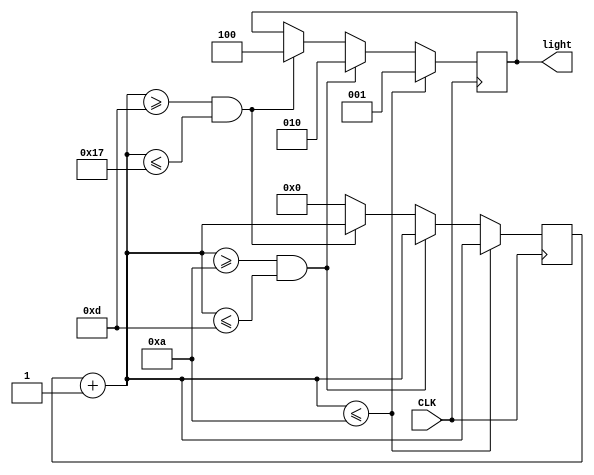
module  prog_cout (input CLK ,output reg  [2:0] light);
reg [4:0] num = 5'b0;
   initial 
   light = 3'd0;


  always @ (posedge CLK) begin
    num = num + 1;
    if (num <= 10)begin 
        light = 3'b001;
    end 
    else if (num >= 10 && num <= 13)begin
        light = 3'b010;
    end 
    else if (num >= 13 && num <= 23)begin
        light = 3'b100;
    end
    else 
    num = 0;
end
endmodule



module tb();

    reg  clk;
    wire [2:0] count ;



    prog_cout s1(clk, count);


    initial begin
    
     
    //count= 5'd0;
        $display(" clk  |  enable   |  out num ");
        $monitor("%b  %b    ",clk ,count);
        
        #1 clk = 1'b0; 
        #1 clk = 1'b1; 
        #1 clk = 1'b0; 
        #1 clk = 1'b1; 
        #1 clk = 1'b0; 
        #1 clk = 1'b1; 
        #1 clk = 1'b0; 
        #1 clk = 1'b1; 
        #1 clk = 1'b0; 
        #1 clk = 1'b1; 
        #1 clk = 1'b0; 
        #1 clk = 1'b1;    
        #1 clk = 1'b0; 
        #1 clk = 1'b1; 
        #1 clk = 1'b0; 
        #1 clk = 1'b1;  
          #1 clk = 1'b0; 
        #1 clk = 1'b1; 
        #1 clk = 1'b0; 
        #1 clk = 1'b1; 
        #1 clk = 1'b0; 
        #1 clk = 1'b1; 
        #1 clk = 1'b0; 
        #1 clk = 1'b1; 
        #1 clk = 1'b0; 
        #1 clk = 1'b1; 
        #1 clk = 1'b0; 
        #1 clk = 1'b1;    
        #1 clk = 1'b0; 
        #1 clk = 1'b1; 
        #1 clk = 1'b0; 
        #1 clk = 1'b1;  
          #1 clk = 1'b0; 
        #1 clk = 1'b1; 
        #1 clk = 1'b0; 
        #1 clk = 1'b1; 
        #1 clk = 1'b0; 
        #1 clk = 1'b1; 
        #1 clk = 1'b0; 
        #1 clk = 1'b1; 
        #1 clk = 1'b0; 
        #1 clk = 1'b1; 
        #1 clk = 1'b0; 
        #1 clk = 1'b1;    
        #1 clk = 1'b0; 
        #1 clk = 1'b1; 
        #1 clk = 1'b0; 
        #1 clk = 1'b1;  
          #1 clk = 1'b0; 
        #1 clk = 1'b1; 
        #1 clk = 1'b0; 
        #1 clk = 1'b1; 
        #1 clk = 1'b0; 
        #1 clk = 1'b1; 
        #1 clk = 1'b0; 
        #1 clk = 1'b1; 
        #1 clk = 1'b0; 
        #1 clk = 1'b1; 
        #1 clk = 1'b0; 
        #1 clk = 1'b1;    
        #1 clk = 1'b0; 
        #1 clk = 1'b1; 
        #1 clk = 1'b0; 
        #1 clk = 1'b1;  
    end
endmodule